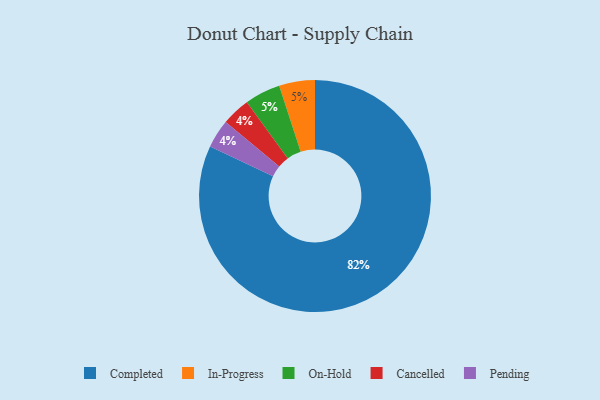
{"axis": {"x": "Category", "y": "Percentage"}, "legend": ["Cancelled", "Completed", "In-Progress", "On-Hold", "Pending"], "data": [{"x": "Completed", "y": 82, "type": "Completed"}, {"x": "In-Progress", "y": 5, "type": "In-Progress"}, {"x": "On-Hold", "y": 5, "type": "On-Hold"}, {"x": "Cancelled", "y": 4, "type": "Cancelled"}, {"x": "Pending", "y": 4, "type": "Pending"}]}